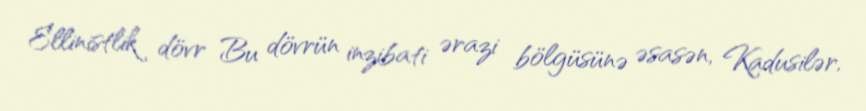
Ellinistlik dövr Bu dövrün inzibati ərazi bölgüsünə əsasən, Kadusilər,